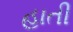
હાતી